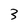
Character: 3